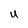
Character: U